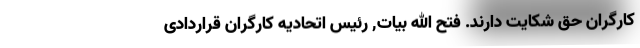
کارگران حق شکایت دارند. فتح الله بیات, رئیس اتحادیه کارگران قراردادی